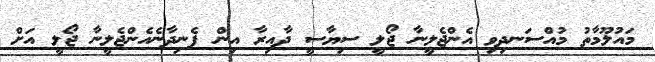
މައުލޫމާތު މުއްސަނދިވި އެންޖެލީނާ ޖޯލީ ސިޔާސީ ދާއިރާ އިން ފެނިދާނެއެންޖެލީނާ ޖޯލީ އަށް